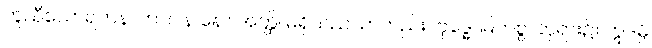
တူညီသောရတနာကား။ န နော အတ္ထိ၊ မရှိသည်သာတည်း။ ဗုဒ္ဓေ၊ မြတ်စွာဘုရား၌။ ဣဒမ္ပိ